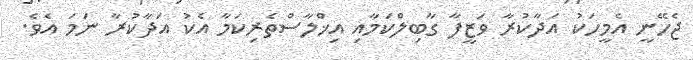
ޖެހޭނީ އެމީހަކު އަދާކުރާ ވަޒީފާ ގާބިލްކަމާއި އިޚްލާސްތެރިކަމާ އެކު އަދާކުރާ ނަމަ އެވެ.